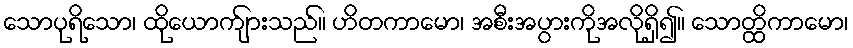
သောပုရိသော၊ ထိုယောက်ျားသည်။ ဟိတကာမော၊ အစီးအပွားကိုအလိုရှိ၍။ သောတ္ထိကာမော၊